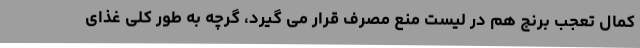
کمال تعجب برنج هم در لیست منع مصرف قرار می گیرد، گرچه به طور کلی غذای